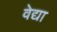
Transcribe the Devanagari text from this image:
वेद्या